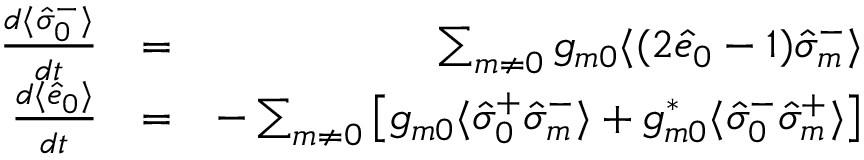
\begin{array} { r l r } { \frac { d \langle \hat { \sigma } _ { 0 } ^ { - } \rangle } { d t } } & { = } & { \sum _ { m \neq 0 } g _ { m 0 } \langle ( 2 \hat { e } _ { 0 } - 1 ) \hat { \sigma } _ { m } ^ { - } \rangle } \\ { \frac { d \langle \hat { e } _ { 0 } \rangle } { d t } } & { = } & { - \sum _ { m \neq 0 } \left[ g _ { m 0 } \langle \hat { \sigma } _ { 0 } ^ { + } \hat { \sigma } _ { m } ^ { - } \rangle + g _ { m 0 } ^ { * } \langle \hat { \sigma } _ { 0 } ^ { - } \hat { \sigma } _ { m } ^ { + } \rangle \right] } \end{array}